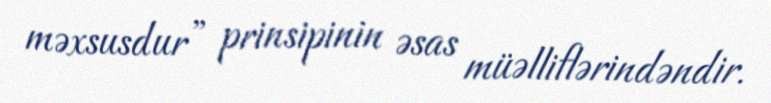
məxsusdur” prinsipinin əsas müəlliflərindəndir.